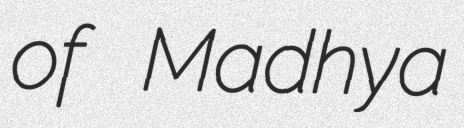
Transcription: of Madhya